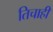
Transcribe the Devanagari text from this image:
तिचाही